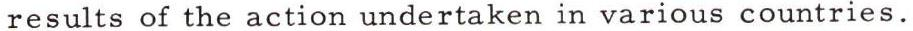
results of the action undertaken in various countries.